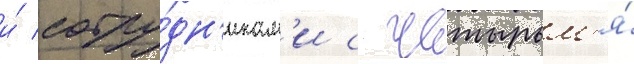
и́ сотру́дн'икам'и с четырьм'я́